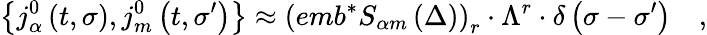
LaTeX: \left\{ j_{\alpha}^{0}\left(t,\sigma\right),j_{m}^{0}\left(t,\sigma^{\prime}\right)\right\} \approx\left(emb^{*}S_{\alpha m}\left(\Delta\right)\right)_{r}\cdot\Lambda^{r}\cdot\delta\left(\sigma-\sigma^{\prime}\right)\quad,